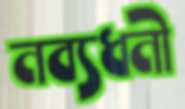
নব্যধনী